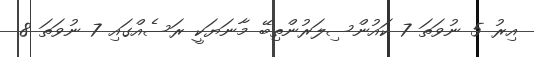
އިރު 5 ނުވަތަ 7 ކައުންސިލަރުންތިބޭ މާނަޔަކީ ރަސެއްގައި 7 ނުވަތަ 8